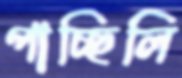
পাচ্ছিলি